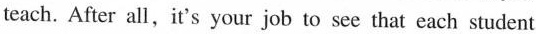
teach. After all,it's your job to see that each student